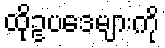
ထိုဥပဒေများကို